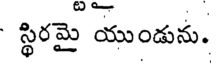
స్థిరమై యుండును.